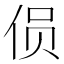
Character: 𱎯